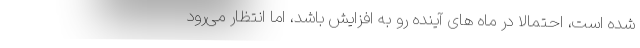
شده است، احتمالا در ماه های آینده رو به افزایش باشد، اما انتظار می‌رود